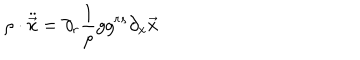
\rho \cdot { \ddot { \vec { x } } } = \partial _ { r } \frac { 1 } { \rho } g g ^ { r s } \partial _ { x } \vec { x }